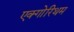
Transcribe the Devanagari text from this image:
एक्गोरिथम